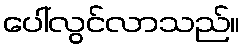
ပေါ်လွင်လာသည်။